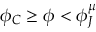
\phi _ { C } \ge \phi < \phi _ { J } ^ { \mu }